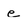
Character: e